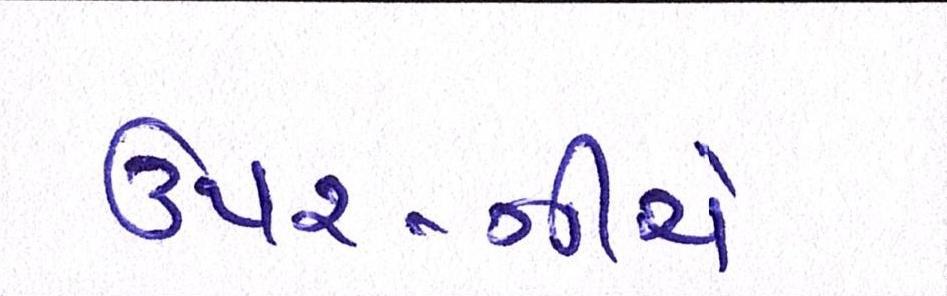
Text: ઉપર-નીચે